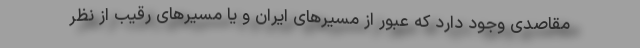
مقاصدی وجود دارد که عبور از مسیرهای ایران و یا مسیرهای رقیب از نظر